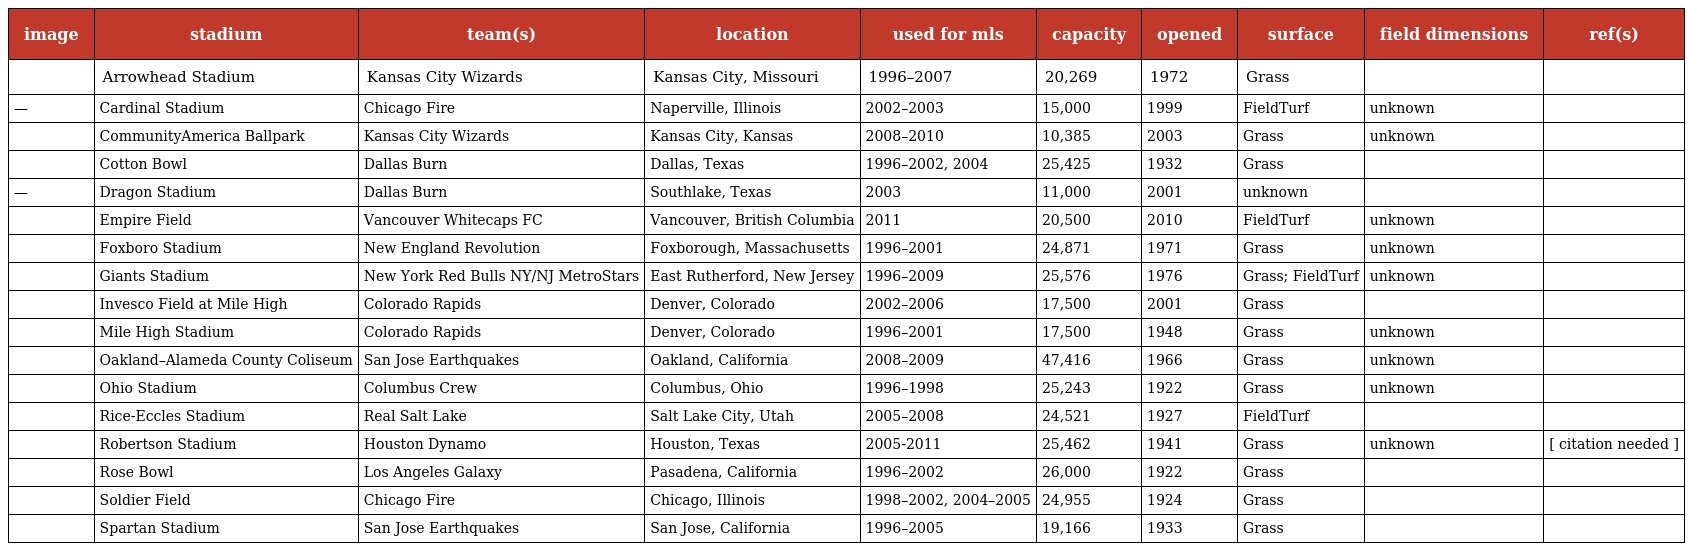
| image | stadium | team(s) | location | used for mls | capacity | opened | surface | field dimensions | ref(s) |
 | --- | --- | --- | --- | --- | --- | --- | --- | --- | --- |
 |  | Arrowhead Stadium | Kansas City Wizards | Kansas City, Missouri | 1996–2007 | 20,269 | 1972 | Grass |  |  |
 | — | Cardinal Stadium | Chicago Fire | Naperville, Illinois | 2002–2003 | 15,000 | 1999 | FieldTurf | unknown |  |
 |  | CommunityAmerica Ballpark | Kansas City Wizards | Kansas City, Kansas | 2008–2010 | 10,385 | 2003 | Grass | unknown |  |
 |  | Cotton Bowl | Dallas Burn | Dallas, Texas | 1996–2002, 2004 | 25,425 | 1932 | Grass |  |  |
 | — | Dragon Stadium | Dallas Burn | Southlake, Texas | 2003 | 11,000 | 2001 | unknown |  |  |
 |  | Empire Field | Vancouver Whitecaps FC | Vancouver, British Columbia | 2011 | 20,500 | 2010 | FieldTurf | unknown |  |
 |  | Foxboro Stadium | New England Revolution | Foxborough, Massachusetts | 1996–2001 | 24,871 | 1971 | Grass | unknown |  |
 |  | Giants Stadium | New York Red Bulls NY/NJ MetroStars | East Rutherford, New Jersey | 1996–2009 | 25,576 | 1976 | Grass; FieldTurf | unknown |  |
 |  | Invesco Field at Mile High | Colorado Rapids | Denver, Colorado | 2002–2006 | 17,500 | 2001 | Grass |  |  |
 |  | Mile High Stadium | Colorado Rapids | Denver, Colorado | 1996–2001 | 17,500 | 1948 | Grass | unknown |  |
 |  | Oakland–Alameda County Coliseum | San Jose Earthquakes | Oakland, California | 2008–2009 | 47,416 | 1966 | Grass | unknown |  |
 |  | Ohio Stadium | Columbus Crew | Columbus, Ohio | 1996–1998 | 25,243 | 1922 | Grass | unknown |  |
 |  | Rice-Eccles Stadium | Real Salt Lake | Salt Lake City, Utah | 2005–2008 | 24,521 | 1927 | FieldTurf |  |  |
 |  | Robertson Stadium | Houston Dynamo | Houston, Texas | 2005-2011 | 25,462 | 1941 | Grass | unknown | [ citation needed ] |
 |  | Rose Bowl | Los Angeles Galaxy | Pasadena, California | 1996–2002 | 26,000 | 1922 | Grass |  |  |
 |  | Soldier Field | Chicago Fire | Chicago, Illinois | 1998–2002, 2004–2005 | 24,955 | 1924 | Grass |  |  |
 |  | Spartan Stadium | San Jose Earthquakes | San Jose, California | 1996–2005 | 19,166 | 1933 | Grass |  |  |